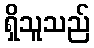
ရှိသူသည်